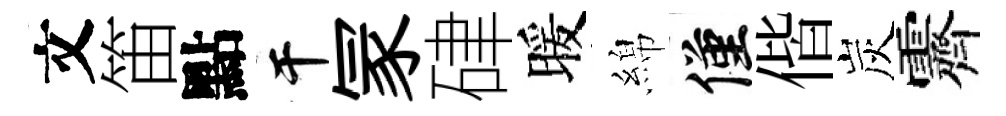
文笛點干冡硉暖綿僅偕炭霽